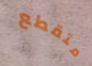
متقطع